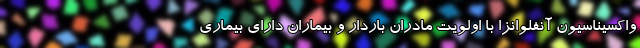
واکسیناسیون آنفلوانزا با اولویت مادران باردار و بیماران دارای بیماری